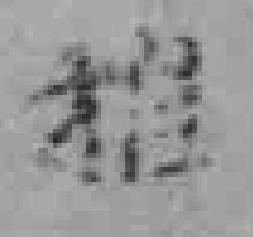
推